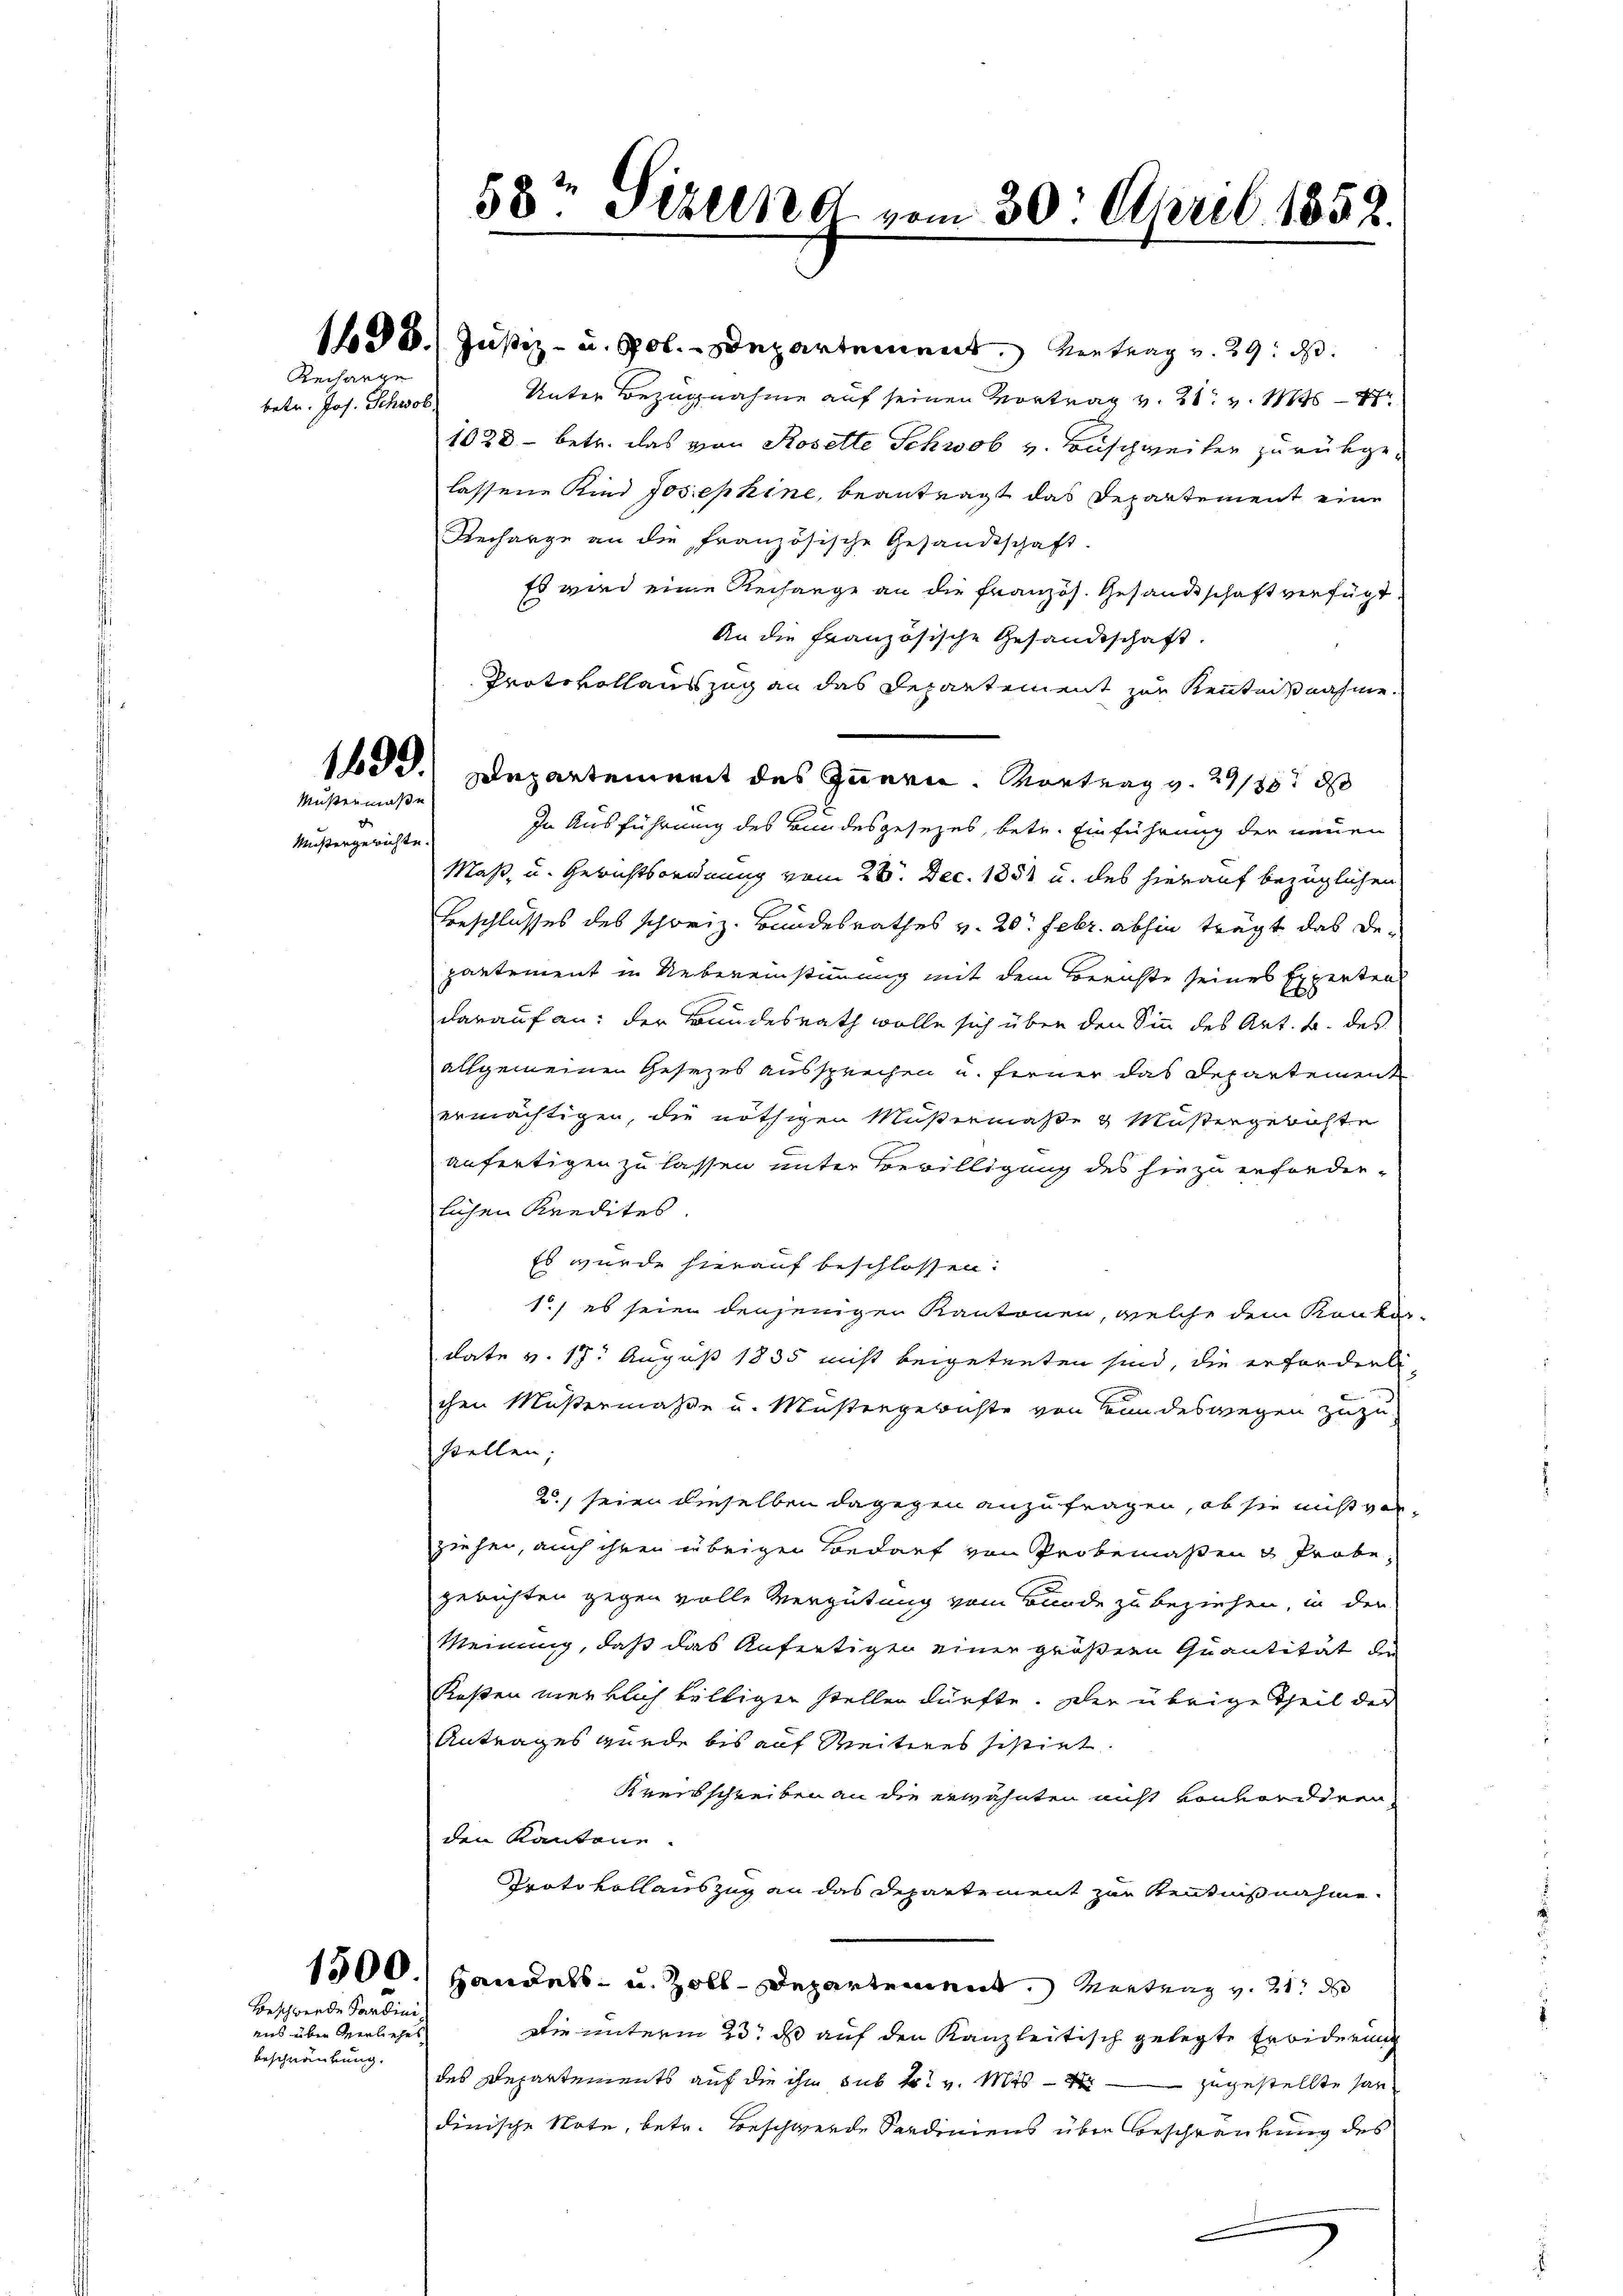
Rechange

betr. Jos. Schwol

149.
Müßermaße

Mußergerichte.

Beschwerde Sardini
uns über verliehes
beschränkung.

58. Fehlen d. vom 30. April 1858.

16 § 8. Justiz- u. Pol. Departement. Vertrag v. 29. ds.
Unter Bezugnahme auf seinen Vortrag v. 21. v. M
1028 - betr. das von Rosette Schwol v. Buschweiter zurükgelassene Kind Josephine, beantragt das Departement eine
Recharge an die französische Gesandtschaft
Es wird eine Rechange an die französ. Gesandtschaft verfügt
An die Französische Gesandtschaft.
Protokollauszug an das Departement zur Kenntnißnahme.
In Ausführung des Bundesgesezes, betr. Einführung der neuen
Maß- u. Gerichtsordnung vom 28. Dec. 1851 u. des hierauf bezüglichen
Beschlusses des schoriz. Bundesrathes v. 20. Febr. abhin trägt das Departement in Uebereinstimmung mit dem Berichte seines Expertens
darauf an: der Bundesrath wolle sich über den Sinn des Art. B. des
allgemeinen Gesezes aussprechen u. ferner das Departement
ermächtigen, die nöthigen Müßermaße 4 Müstergerichte
anfertigen zu lassen unter Bewilligung des hiezu erforderlichen Kredites.
Es wurde hierauf beschlossen:
1.) es seien denjenigen Kantonen, welche dem Konkur
date v. 17. August 1835 nicht beigetreten sind, die erforderli
chen Müßermaße u. Mustergerichte von Bundeswegen zuzu
stellen;
2) seien dieselben dagegen anzufragen, ob sie nicht ver-
ziehen, auch ihren übrigen Bedarf von Probemaßen & Probe,
gerichten gegen volle Vergütung vom Bunde zu beziehen, in der
Meinung, daß das Anfertigen einer größern Quantität de
Kosten merklich hältigen stellen dürfte. Der übrige Theil der
Antrages wurde bis auf Weiteres sistirt
Kreisschreiben an die erwähnten nicht von vordiren
den Kantone.
Protokollauszug an das Departement zur Kenntnißnahme
1500.) Handels- u. Zoll-Departement. Mertung v. 21. d
Die unterm 23t d auf den Kanzleitisch gelegte Erbiderung
des Departements auf die ihm sub tr. v. Mts. zugestellte Handinische Note, betr. Beschwerde Sardiniens über beschränkung des
.

Departement des Innern. Vortrag v. 21/3 d